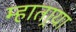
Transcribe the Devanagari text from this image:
म्हातार्‍या